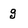
Character: g